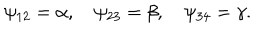
\psi _ { 1 2 } = \alpha , \quad \psi _ { 2 3 } = \beta , \quad \psi _ { 3 4 } = \gamma .